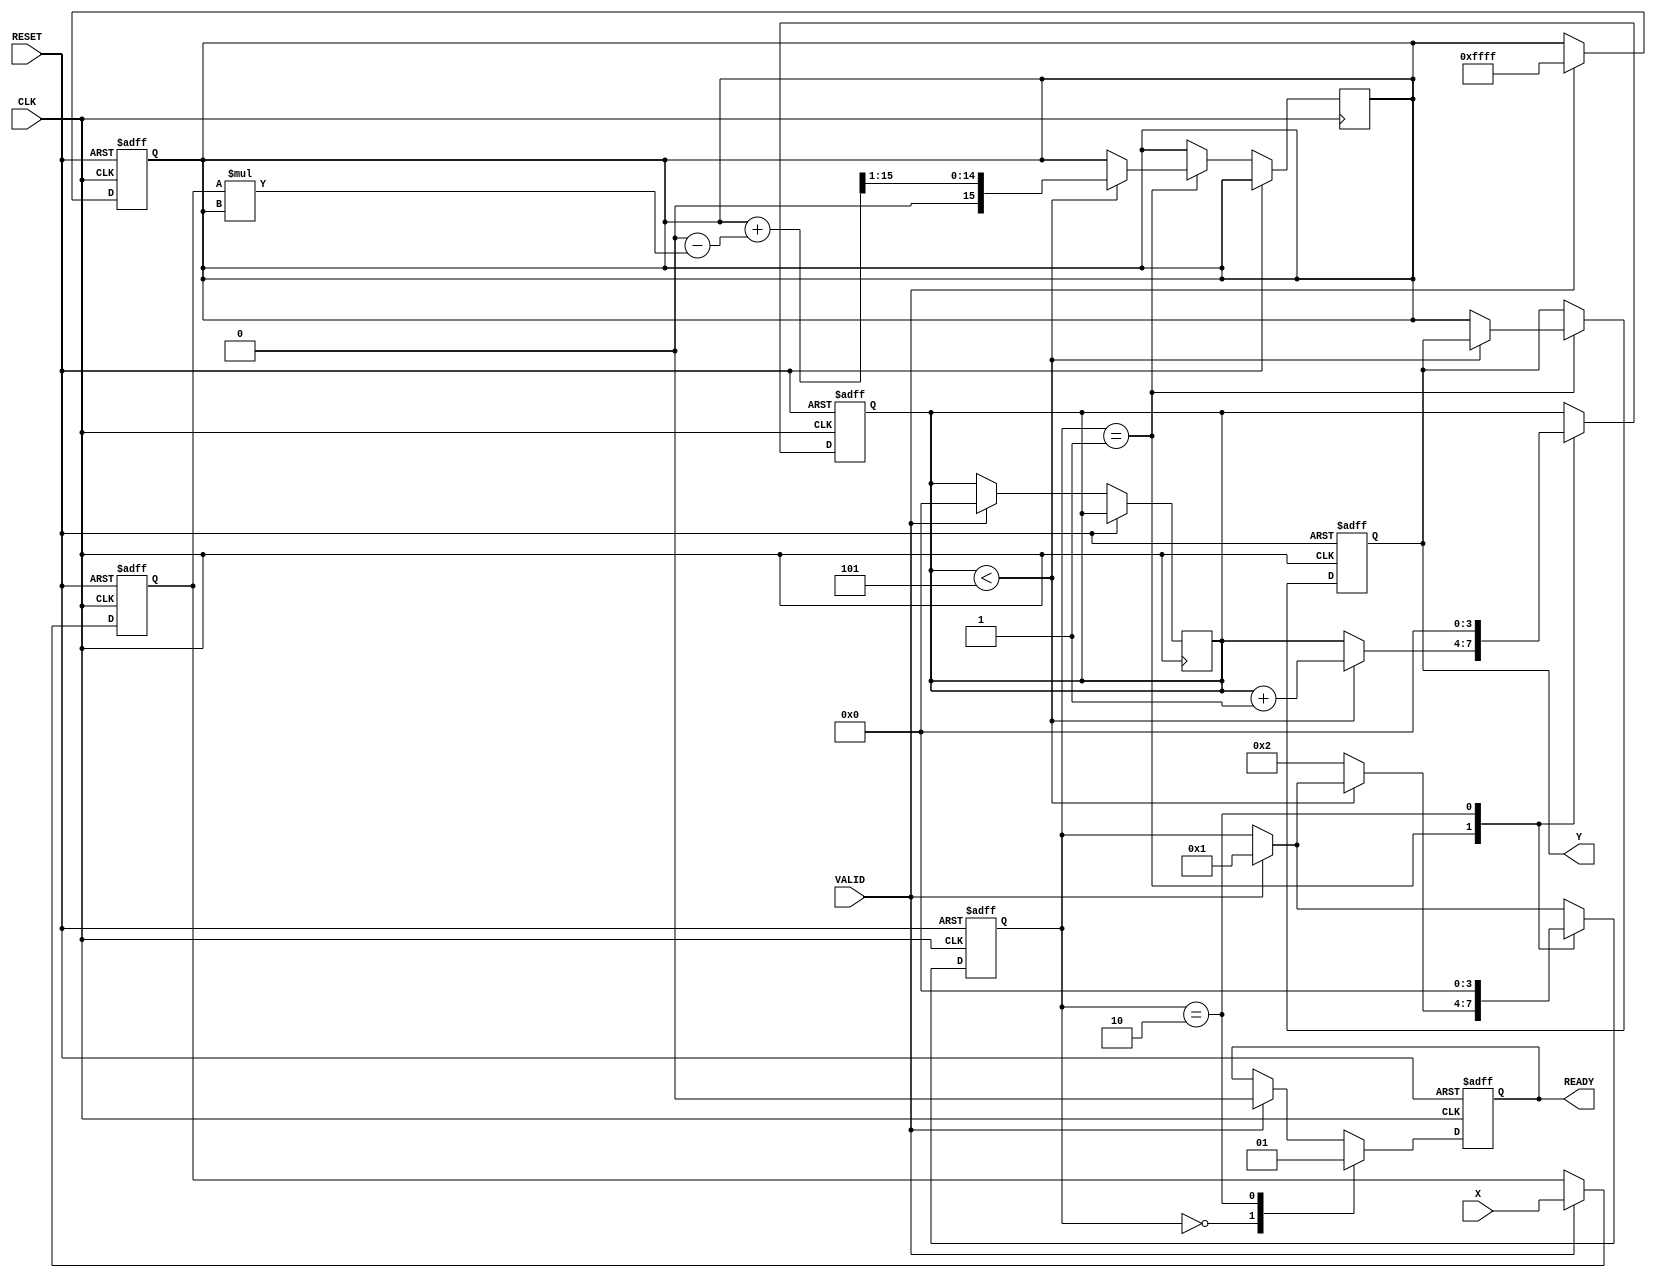
module DirectReciprocalUnit (
    input wire [15:0] X,        // Input data (fixed-point)
    input wire VALID,           // Valid signal
    input wire CLK,             // Clock signal
    input wire RESET,           // Asynchronous reset
    output reg [15:0] Y,        // Output data (reciprocal of X)
    output reg READY            // Ready signal
);

    reg [15:0] input_reg;       // Register to hold input data
    reg [3:0] state;            // State for FSM
    reg [15:0] approx;          // Approximation for reciprocal calculation
    reg [3:0] count;            // Iteration counter

    localparam IDLE = 4'b0000,  // Idle state
               COMPUTE = 4'b0001, // Compute state
               DONE = 4'b0010;    // Done state

    // Asynchronous reset and input capture
    always @(posedge CLK or posedge RESET) begin
        if (RESET) begin
            input_reg <= 16'b0;
            Y <= 16'b0;
            READY <= 1'b0;
            state <= IDLE;
            count <= 4'b0;
        end else begin
            if (VALID) begin
                input_reg <= X; // Capture input when VALID is high
                state <= COMPUTE; // Move to compute state
                READY <= 1'b0; // Reset READY signal
            end
            
            case (state)
                IDLE: begin
                    // Stay in IDLE state
                    READY <= 1'b0;
                end
                
                COMPUTE: begin
                    // Simple iterative method for reciprocal calculation
                    if (count < 4'd5) begin // 5 iterations for convergence
                        approx <= (approx + (16'h10000 - (input_reg * approx)) >> 1);
                        count <= count + 1;
                    end else begin
                        Y <= approx; // Store the result
                        state <= DONE; // Move to DONE state
                    end
                end
                
                DONE: begin
                    READY <= 1'b1; // Signal that output is ready
                    state <= IDLE; // Go back to IDLE state
                    count <= 4'b0; // Reset count for next operation
                end
            endcase
        end
    end

    // Initial approximation for reciprocal
    always @(posedge CLK or posedge RESET) begin
        if (RESET) begin
            approx <= 16'hFFFF; // Initial approximation (1.0 in fixed-point)
        end else if (VALID) begin
            approx <= 16'hFFFF; // Reset approximation on new input
            count <= 4'b0; // Reset count on new input
        end
    end

endmodule